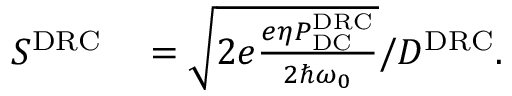
\begin{array} { r l } { S ^ { \mathrm { D R C } } } & { { } = \sqrt { 2 e \frac { e \eta P _ { \mathrm { D C } } ^ { \mathrm { D R C } } } { 2 \hbar \omega _ { 0 } } } / D ^ { \mathrm { D R C } } . } \end{array}